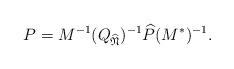
LaTeX: \begin{align*}P = M^{-1} (Q_{\widehat{\mathfrak{N}}})^{-1} \widehat{P} (M^*)^{-1}.\end{align*}